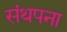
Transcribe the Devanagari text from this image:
संथपना